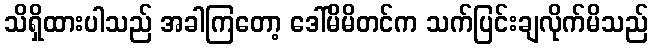
သိရှိထားပါသည် အခါကြတော့ ဒေါ်မိမိတင်က သက်ပြင်းချလိုက်မိသည်